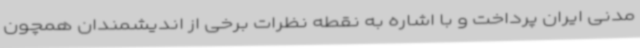
مدنی ایران پرداخت و با اشاره به نقطه نظرات برخی از اندیشمندان همچون